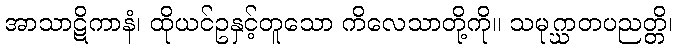
အာသာဋိကာနံ၊ ထိုယင်ဥနှင့်တူသော ကိလေသာတို့ကို။ သမုဂ္ဃာတပညတ္တိ၊